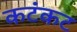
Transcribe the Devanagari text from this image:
कटंकट